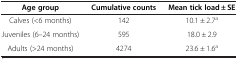
<table><thead><tr><td><b>Age group</b></td><td><b>Cumulative counts</b></td><td><b>Mean tick load ± SE</b></td></tr></thead><tbody><tr><td>Calves (&lt;6 months)</td><td>142</td><td>10.1 ± 2.7<sup>a</sup></td></tr><tr><td>Juveniles (6–24 months)</td><td>595</td><td>18.0 ± 2.9</td></tr><tr><td>Adults (&gt;24 months)</td><td>4274</td><td>23.6 ± 1.6<sup>a</sup></td></tr></tbody></table>